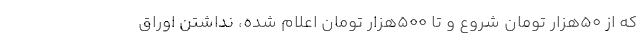
که از 50هزار تومان شروع و تا 500هزار تومان اعلام شده، نداشتن اوراق